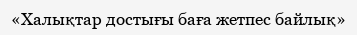
«Халықтар достығы баға жетпес байлық»